Report of veterinary surgeon J.H. Steel, A.V.D., on his investigation into an obscure and fatal disease among transport mules in British Burma
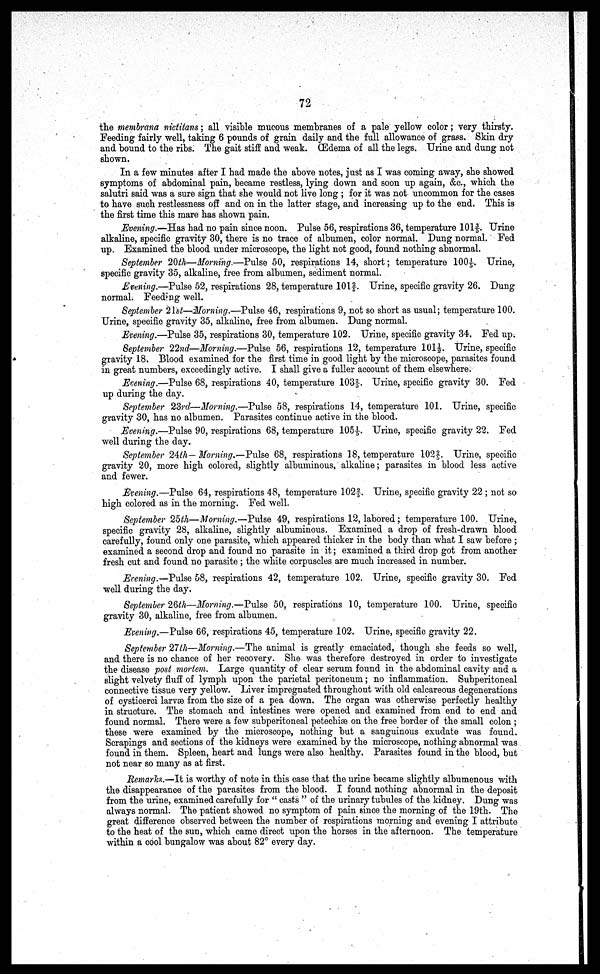
72
the membrana nictitans; all visible mucous membranes of a pale yellow color; very thirsty.
Feeding fairly well, taking 6 pounds of grain daily and the full allowance of grass. Skin dry
and bound to the ribs. The gait stiff and weak. Œdema of all the legs. Urine and dung not
shown.
In a few minutes after I had made the above notes, just as I was coming away, she showed
symptoms of abdominal pain, became restless, lying down and soon up again, &c, which the
salutri said was a sure sign that she would not live long ; for it was not uncommon for the cases
to have such restlessness off and on in the latter stage, and increasing up to the end. This is
the first time this mare has shown pain.
Evening.—Has had no pain since noon. Pulse 56, respirations 36, temperature lOl3/5. Urine
alkaline, specific gravity 30, there is no trace of albumen, color normal. Dung normal. Fed
up. Examined the blood under microscope, the light not good, found nothing abnormal.
September 20 th—Morning.—Pulse 50, respirations 14, short; temperature 1001/5. Urine,
specific gravity 35, alkaline, free from albumen, sediment normal.
Evening.—Pulse 52, respirations 28, temperature 101 2/5. Urine, specific gravity 26. Dung
normal. Feeding well.
September 21st—Morning.—Pulse 46, respirations 9, not so short as usual; temperature 100.
Urine, specific gravity 35, alkaline, free from albumen. Dung normal.
Evening.—Pulse 35, respirations 30, temperature 102. Urine, specific gravity 34. Fed up.
September 22nd—Morning.—Pulse 56, respirations 12, temperature 1011/2. Urine, specific
gravity 18. Blood examined for the first time in good light by the microscope, parasites found
in great numbers, exceedingly active. I shall give a fuller account of them elsewhere.
Evening.—Pulse 68, respirations 40, temperature 103 2/5. Urine, specific gravity 30. Fed
up during the day.
September 23rd—Morning.—Pulse 58, respirations 14, temperature 101. Urine, specific
gravity 30, has no albumen. Parasites continue active in the blood.
Evening.—Pulse 90, respirations 68, temperature 105. Urine, specific gravity 22. Fed
well during the day.
September 24th— Morning.—Pulse 68, respirations 18, temperature 1022/5. Urine, specific
gravity 20, more high colored, slightly albuminous, alkaline; parasites in blood less active
and fewer.
Evening.—Pulse 64, respirations 48, temperature 102 2/5. Urine, specific gravity 22 ; not so
high colored as in the morning. Fed well.
September 25th—Morning.—Pulse 49, respirations 12, labored; temperature 100. Urine,
specific gravity 28, alkaline, slightly albuminous. Examined a drop of fresh-drawn blood
carefully, found only one parasite, which appeared thicker in the body than what I saw before ;
examined a second drop and found no parasite in it; examined a third drop got from another
fresh cut and found no parasite ; the white corpuscles are much increased in number.
Evening.—Pulse 58, respirations 42, temperature 102. Urine, specific gravity 30. Fed
well during the day.
September 26th—Morning.—Pulse 50, respirations 10, temperature 100. Urine, specific
gravity 30, alkaline, free from albumen.
Evening.—Pulse 66, respirations 45, temperature 102. Urine, specific gravity 22.
September 27th—Morning.—The animal is greatly emaciated, though she feeds so well,
and there is no chance of her recovery. She was therefore destroyed in order to investigate
the disease post mortem. Large quantity of clear serum found in the abdominal cavity and a
slight velvety fluff of lymph upon the parietal peritoneum; no inflammation. Subperitoneal
connective tissue very yellow. Liver impregnated throughout with old calcareous degenerations
of cysticerci larvae from the size of a pea down. The organ was otherwise perfectly healthy
in structure. The stomach and intestines were opened and examined from end to end and
found normal. There were a few subperitoneal petechiae on the free border of the small colon ;
these were examined by the microscope, nothing but a sanguinous exudate was found.
Scrapings and sections of the kidneys were examined by the microscope, nothing abnormal was
found in them. Spleen, heart and lungs were also healthy. Parasites found in the blood, but
not near so many as at first.
Remark.—It is worthy of note in this case that the urine became slightly albumenous with
the disappearance of the parasites from the blood. I found nothing abnormal in the deposit
from the urine, examined carefully for " casts " of the urinary tubules of the kidney. Dung was
always normal. The patient showed no symptom of pain since the morning of the 19th. The
great difference observed between the number of respirations morning and evening I attribute
to the heat of the sun, which came direct upon the horses in the afternoon. The temperature
within a cool bungalow was about 82° every day.